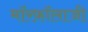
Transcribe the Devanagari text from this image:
मॉरफ़ॉलाजी